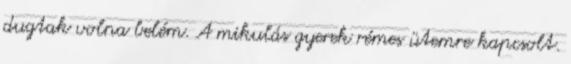
dugtak volna belém. A mikulás gyerek rémes ütemre kapcsolt.